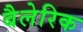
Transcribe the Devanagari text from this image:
बैलेरिक